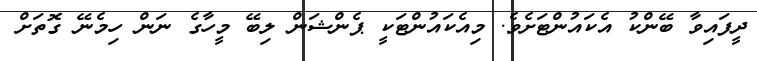
ދީފައިވާ ބޭންކު އެކައުންޓަށެވެ. މިއެކައުންޓަކީ ޕެންޝަން ލިބޭ މީހާގެ ނަން ހިމެނޭ ގޮތަށް